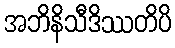
အဘိနိသီဒိဿတိပိ